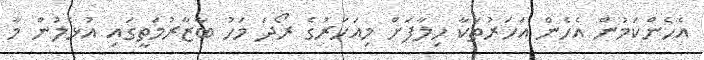
އެހެންކަމުން އެހެން އަހަރުތަކާ ހިލާފަށް މިއަހަރުގެ ރޯދަ މަހު ބާޒާރުމަތީގައި އުޅެލުން މާ